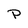
Character: P